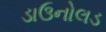
ડાઉનોલડ